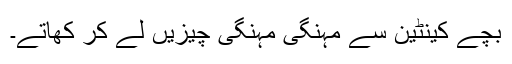
بچے کینٹین سے مہنگی مہنگی چیزیں لے کر کھاتے۔